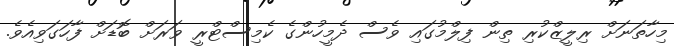
މިހާތަނަށް ރިލީޒްކުރި ތިން ފިލްމުގައި ވެސް ދެމީހުންގެ ކެމިސްޓްރީ ވަރަށް ބޮޑަށް ފާހަގަވިއެވެ.